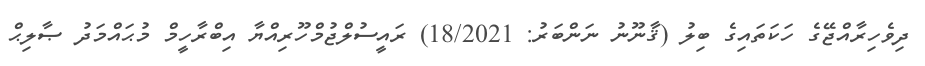
ދިވެހިރާއްޖޭގެ ހަކަތައިގެ ބިލު (ޤާނޫނު ނަންބަރު: 18/2021) ރައީސުލްޖުމްހޫރިއްޔާ އިބްރާހީމް މުޙައްމަދު ޞާލިޙް